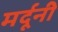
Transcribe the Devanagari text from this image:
मर्दूनी